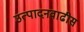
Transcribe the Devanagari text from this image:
उत्पादनवाढीस